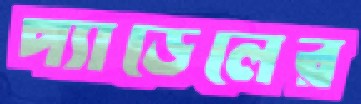
প্যাডেলের